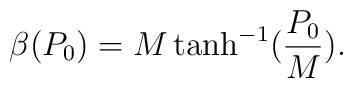
\beta(P_0)=M\tanh^{-1}(\frac{P_0}{M}).